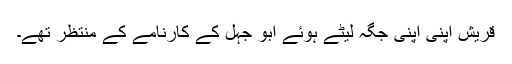
قریش اپنی اپنی جگہ لیٹے ہوئے ابو جہل کے کارنامے کے منتظر تھے۔